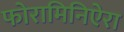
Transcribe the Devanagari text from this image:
फोरामिनिऐरा